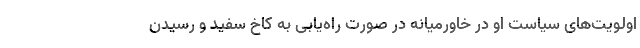
اولویت‌های سیاست او در خاورمیانه در صورت راه‌یابی به کاخ سفید و رسیدن